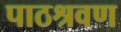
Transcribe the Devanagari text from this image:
पाठश्रवण